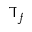
\daleth _ { f }